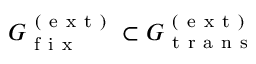
G _ { \mathrm { ~ f ~ i ~ x ~ } } ^ { \mathrm { ~ ( ~ e ~ x ~ t ~ ) ~ } } \subset G _ { \mathrm { ~ t ~ r ~ a ~ n ~ s ~ } } ^ { \mathrm { ~ ( ~ e ~ x ~ t ~ ) ~ } }